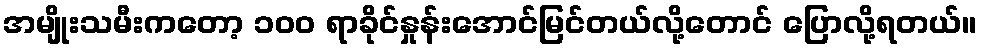
အမျိုးသမီးကတော့ ၁၀၀ ရာခိုင်နှုန်းအောင်မြင်တယ်လို့တောင် ပြောလို့ရတယ်။